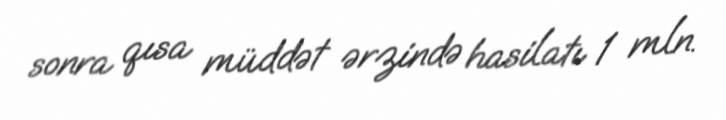
sonra qısa müddət ərzində hasilatı 1 mln.